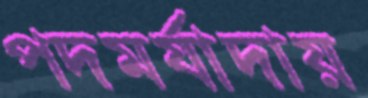
পদমর্যাদায়